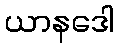
ယာနဒေါ